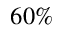
6 0 \%